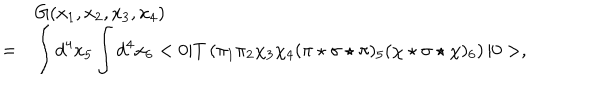
\begin{array} { r l } { { } } & { { G ( x _ { 1 } , x _ { 2 } , x _ { 3 } , x _ { 4 } ) } } \\ { { = } } & { { \displaystyle \int d ^ { 4 } x _ { 5 } \int d ^ { 4 } x _ { 6 } < 0 | T \left( \pi _ { 1 } \pi _ { 2 } \chi _ { 3 } \chi _ { 4 } ( \pi \star \sigma \star \pi ) _ { 5 } ( \chi \star \sigma \star \chi ) _ { 6 } \right) | 0 > , } } \\ \end{array}